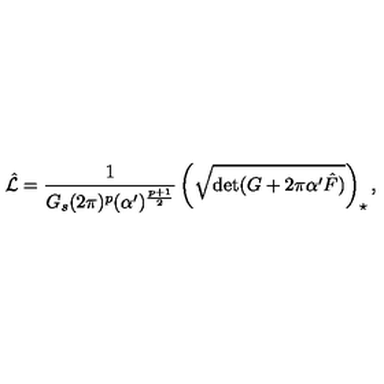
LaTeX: \hat { \cal L } = \frac { 1 } { G _ { s } ( 2 \pi ) ^ { p } ( \alpha ^ { \prime } ) ^ { \frac { p + 1 } { 2 } } } \left( \sqrt { \mathrm { d e t } ( G + 2 \pi \alpha ^ { \prime } \hat { F } ) } \right) _ { \star } ,